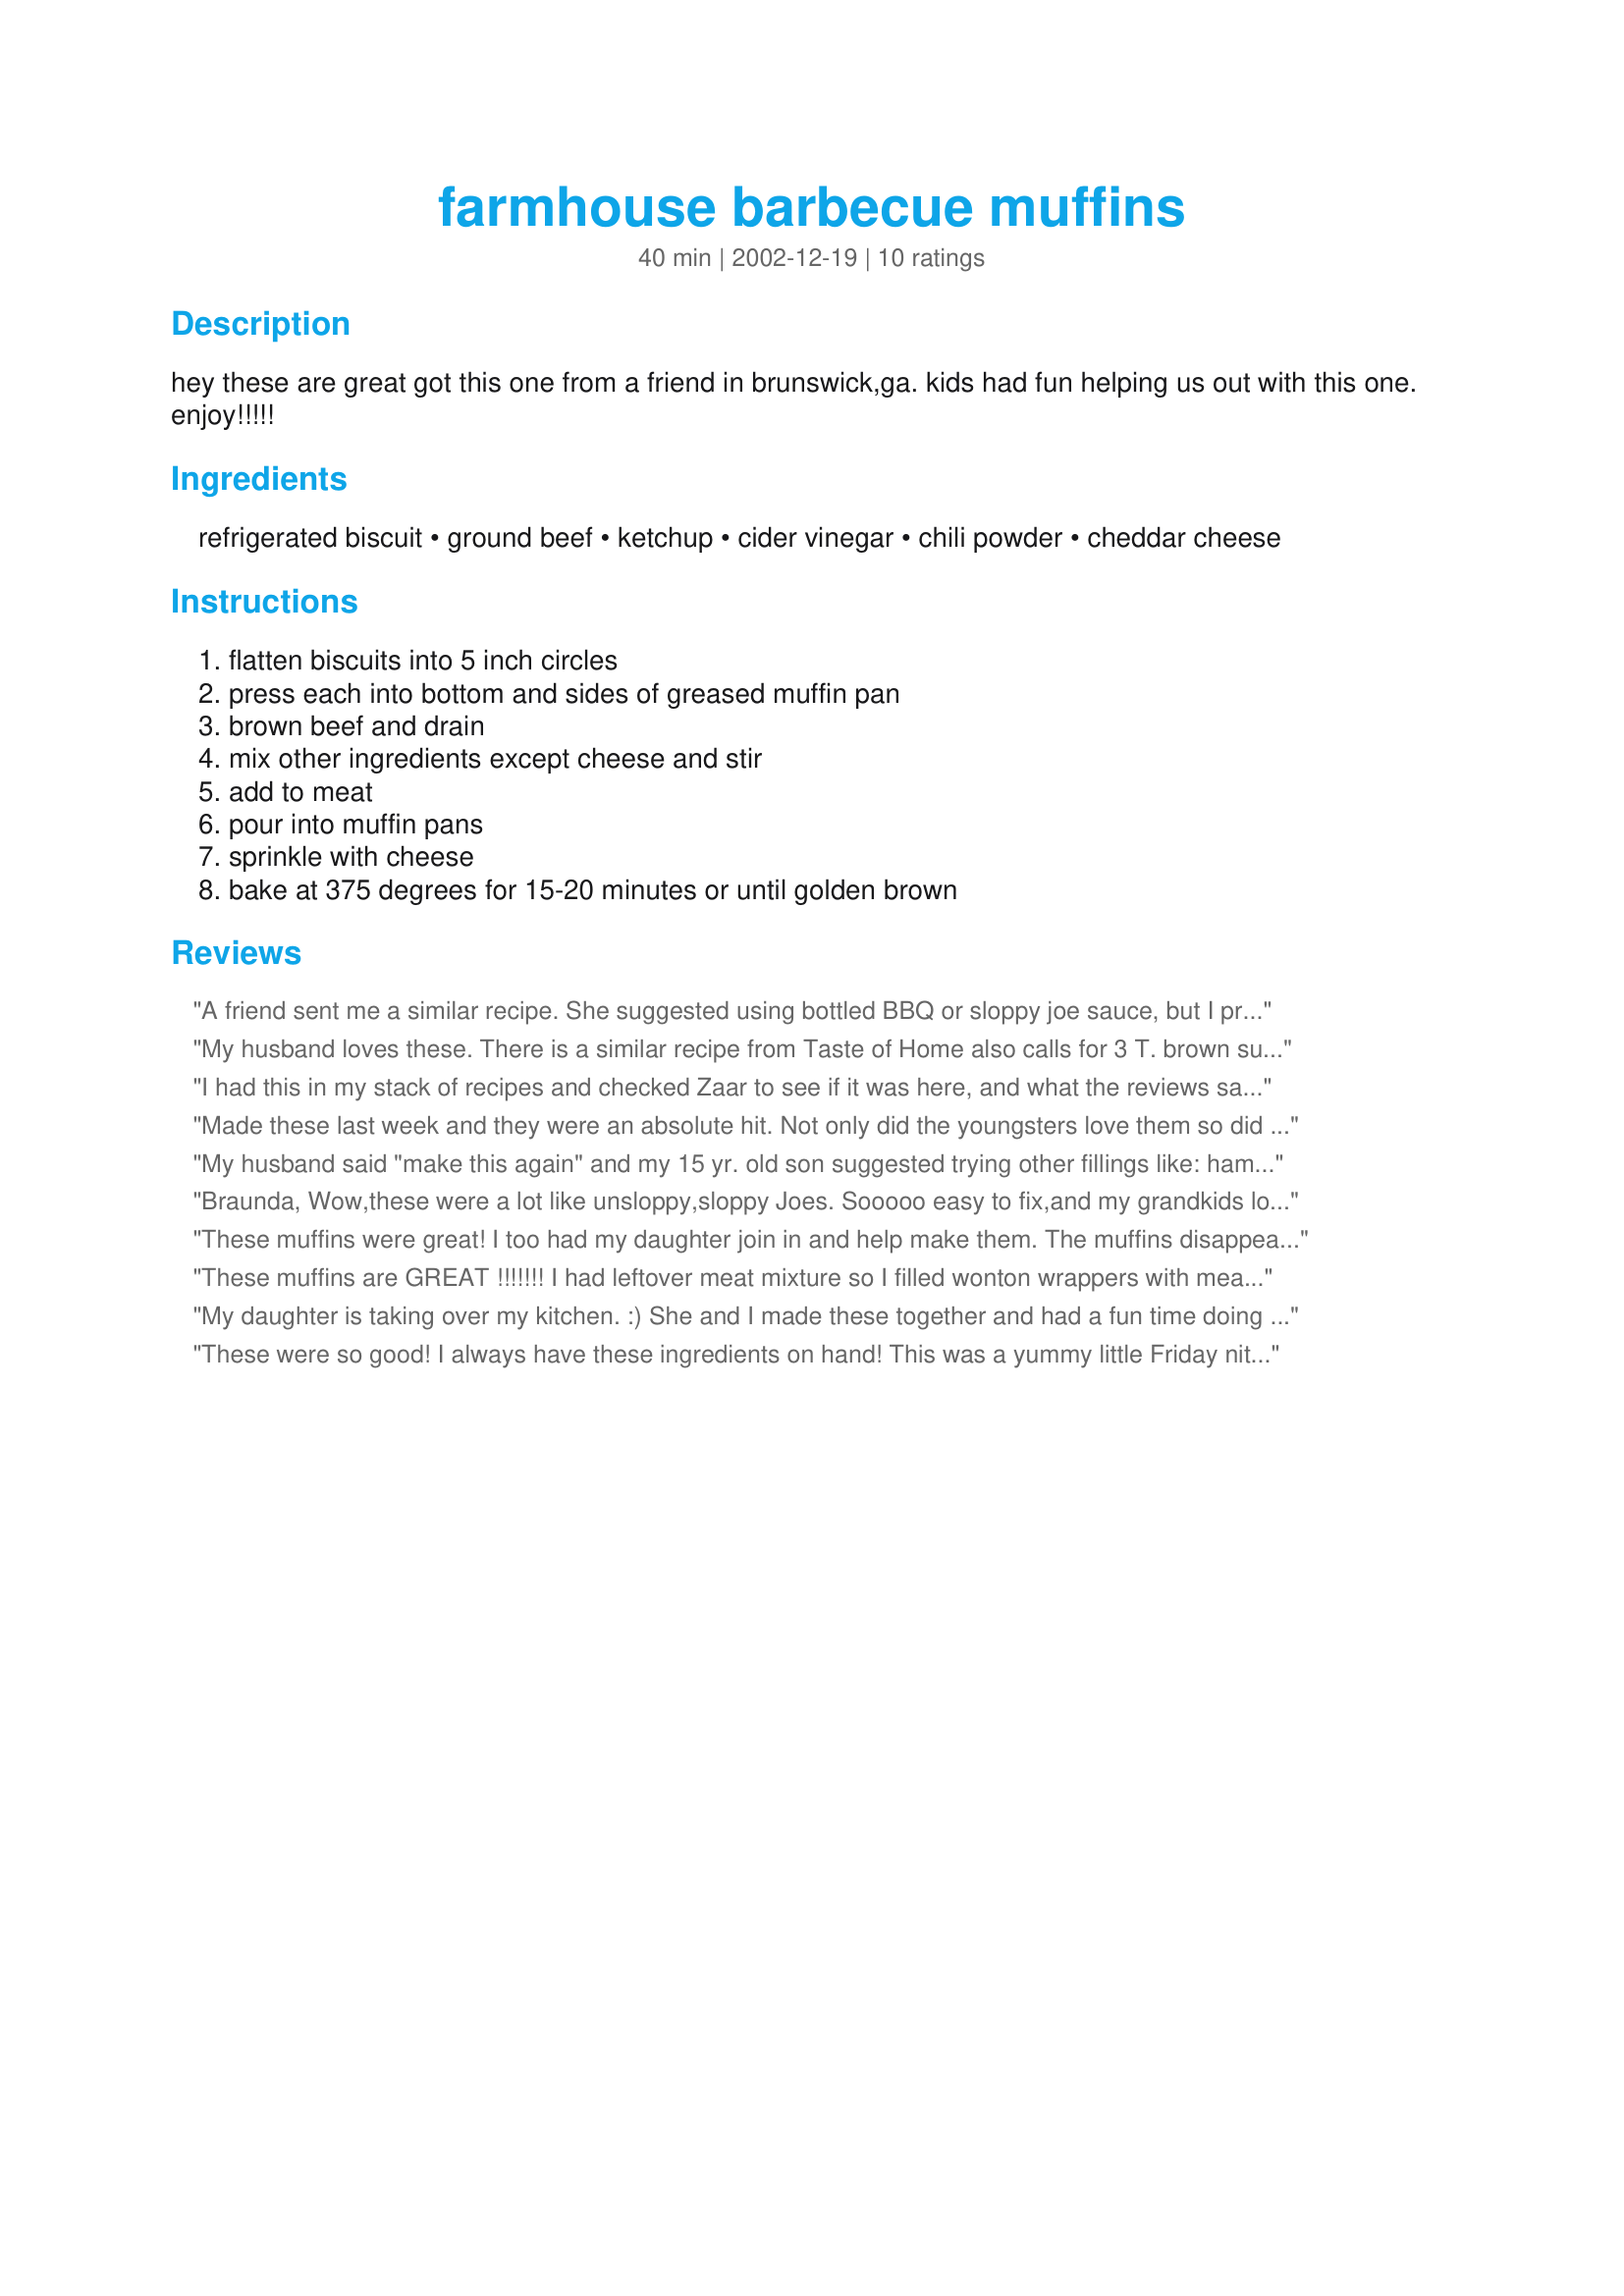
farmhouse barbecue muffins
Preparation time: 40 minutes

hey these are great got this one from a friend in brunswick,ga. kids had fun helping us out with this one. enjoy!!!!!

Ingredients:
refrigerated biscuit, ground beef, ketchup, cider vinegar, chili powder, cheddar cheese

Steps:
flatten biscuits into 5 inch circles, press each into bottom and sides of greased muffin pan, brown beef and drain, mix other ingredients except cheese and stir, add to meat, pour into muffin pans, sprinkle with cheese, bake at 375 degrees for 15-20 minutes or until golden brown

Reviews:
A friend sent me a similar recipe. She suggested using bottled BBQ or sloppy joe sauce, but I prefer freshly made. She recommended using Grand's Buttermilk biscuits, saying to peel them apart into 2 pieces, then flatten those out, and that's what I did. Those come in a pkg of 8, your recipe says 10, so maybe using smaller biscuits would have been a better idea.

Personally, I thought it a lot of work for the end result. It was good, my teen son enjoyed it, but it's not something I'm excited to make again without some adjustments. I think I'd like to figure out how to roll them into the jumbo muffin size, then mix in some mixed veggies or something. I probably would need to double the sauce at that point, but it would be a little healthier and more robust with not quite so much biscuit. 

Some other filling suggestions instead of the ground beef: 
* Use spaghetti sauce instead of BBQ, then add some ricotta and top with mozzarella cheese.
* Mix beef with cream of mushroom soup and mixed veggies.
* Use pizza sauce and mozzarella instead of BBQ and cheddar. 
* Use taco meat and taco toppings, especially if using the cornbread biscuits.
My husband loves these. There is a similar recipe from Taste of Home also calls for 3 T. brown sugar. I use the 10 oz. tube of buttermilk biscuits. Thanks for posting!!
I had this in my stack of recipes and checked Zaar to see if it was here, and what the reviews said. Mine called for 3 tbs. of brown sugar, but other than that, it was the same. I thought this was OK, but I'm not sure how I'd like it without the brown sugar, so I won't rate it.
Made these last week and they were an absolute hit. Not only did the youngsters love them so did we! These muffins are so good that I intend making them in mini muffin pans and serving them as appetizers. Great muffins and appetizers ... how good is that! Thank you Braunda for this great tasting muffin recipe.
My husband said "make this again" and my 15 yr. old son suggested trying other fillings like: ham and cheese or pepperoni and cheese, and them keep them in the freezer for quick snacks. Thanks for sharing.
Braunda,
 Wow,these were a lot like unsloppy,sloppy Joes. Sooooo easy to fix,and my grandkids loved helping,and eating them.
Thanks,Darlene Summers
These muffins were great! I too had my daughter join in and help make them. The muffins disappeared very quickly! Thanks for a fast tasty meal Braunda ; )
These muffins are GREAT !!!!!!!
I had leftover meat mixture so I filled wonton wrappers with meat and cheese spritzed the top with pam. They also turned wonderful.
My daughter is taking over my kitchen. :) She and I made these together and had a fun time doing it. Threw in a little chopped onion and garlic to the ground beef, but otherwise stayed true to the recipe. They made cute little barbecued meat cups. Wonderful kid food and a lot of fun to make. Thanks Braunda.
These were so good! I always have these ingredients on hand! This was a yummy little Friday nite supper I was able to throw together after a busy day! I will make these again! A keeper! Thanks
